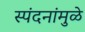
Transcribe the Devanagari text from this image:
स्पंदनांमुळे